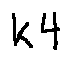
k 4